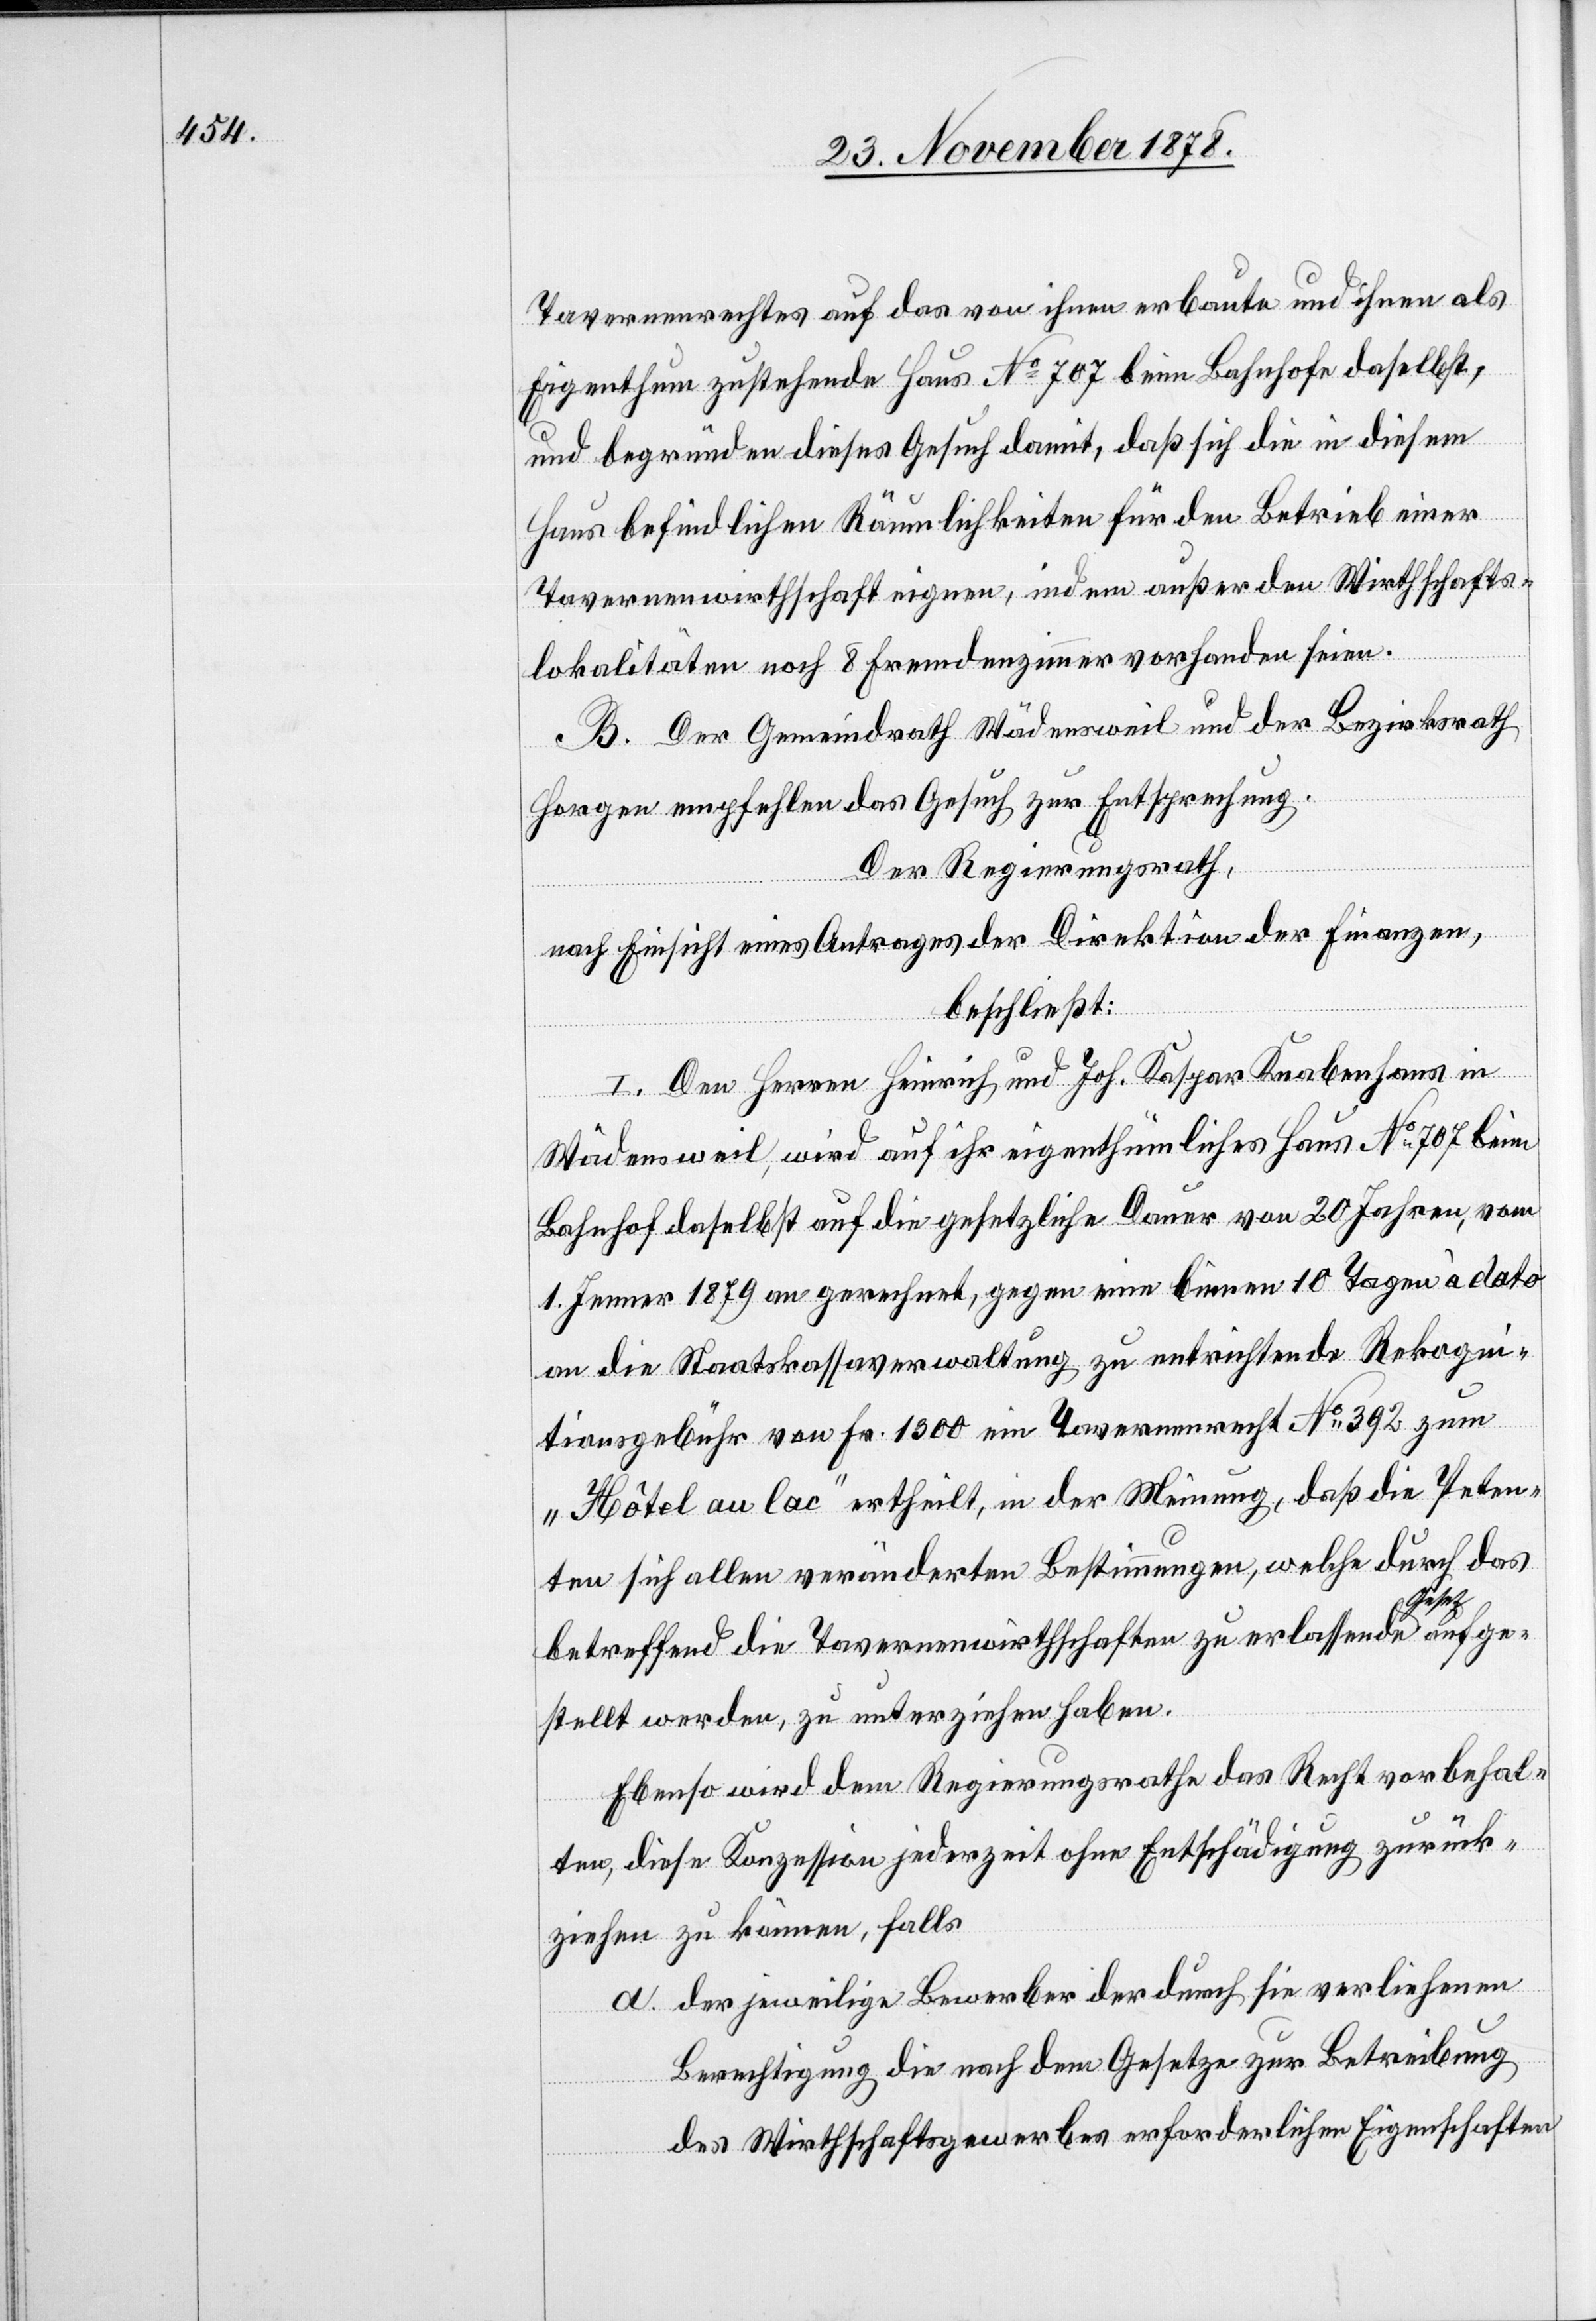
Tavernenrechtes auf das von ihnen erbaute und ihnen als
Eigenthum zustehende Haus No 707 beim Bahnhofe daselbst,
und begründen dieses Gesuch damit, daß sich die in diesem
Haus befindlichen Räumlichkeiten für den Betrieb einer
Tavernenwirthschaft eignen, indem außer den Wirthschafts¬
lokalitäten noch 8 Fremdenzimmer vorhanden seien.
B. Der Gemeindrath Wädensweil und der Bezirksrath
Horgen empfehlen das Gesuch zur Entsprechung.
Der Regierungsrath,
nach Einsicht eines Antrages der Direktion der Finanzen,
beschließt:
I. Den Herren Heinrich und Joh. Kaspar Knabenhans in
Wädensweil wird auf ihr eigenthümliches Haus No 707 beim
Bahnhof daselbst auf die gesetzliche Dauer von 20 Jahren, vom
1. Jenner 1879 an gerechnet, gegen eine binnen 10 Tagen à dato
an die Staatskassaverwaltung zu entrichtende Rekogni¬
tionsgebühr von Fr. 1300 ein Tavernenrecht No 392 zum
„Hôtel au lac“ ertheilt, in der Meinung, daß die Peten¬
ten sich allen veränderten Bestimmungen, welche durch das
aufge¬
betreffend die Tavernenwirthschaften zu erlassende Ge¬
stellt werden, zu unterziehen haben.
Ebenso wird dem Regierungsrathe das Recht vorbehal¬
ten, diese Konzession jederzeit ohne Entschädigung zurück¬
ziehen zu können, falls
a. der jeweilige Bewerber der durch sie verliehenen
Berechtigung die nach dem Gesetze zur Betreibung
des Wirthschaftsgewerbes erforderlichen Eigenschaften